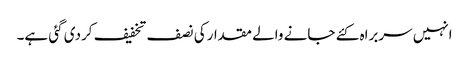
انہیں سربراہ کئے جانے والے مقدارکی نصف تخفیف کردی گئی ہے۔